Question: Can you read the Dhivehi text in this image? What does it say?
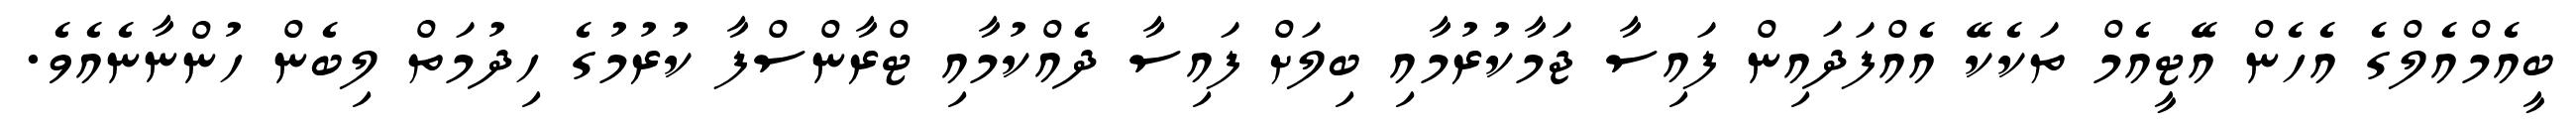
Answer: ބީއެމްއެލްގެ އެހެން އޭޓީއެމް ތަކެކޭ އެއްފަދައިން ފައިސާ ޖަމާކުރުމާއި ބިލަށް ފައިސާ ދެއްކުމާއި ޓްރާންސްފާ ކުރުމުގެ ހިދުމަތް ލިބެން ހުންނާނެއެވެ.